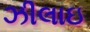
ઝીલાઇ